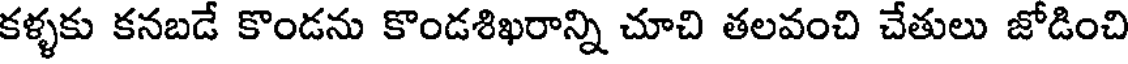
కళ్ళకు కనబడే కొండను కొండశిఖరాన్ని చూచి తలవంచి చేతులు జోడించి